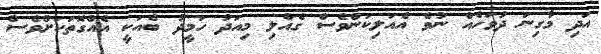
އަދި މާގިނަ ދުވަހެއް ނުވެ އެއަލިކަންވެސް ގެއްލި މިއަދު ހަމީދު ބެއަކީ އެއްގޮތަކަށްވެސް